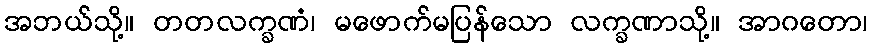
အဘယ်သို့။ တတလက္ခဏံ၊ မဖောက်မပြန်သော လက္ခဏာသို့။ အာဂတော၊